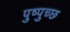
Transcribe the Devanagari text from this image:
पुष्पुच्छ